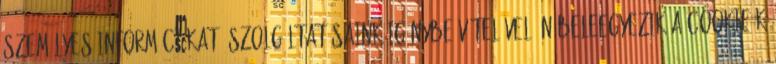
személyes információkat. Szolgáltatásaink igénybe vételével Ön beleegyezik a cookie-k